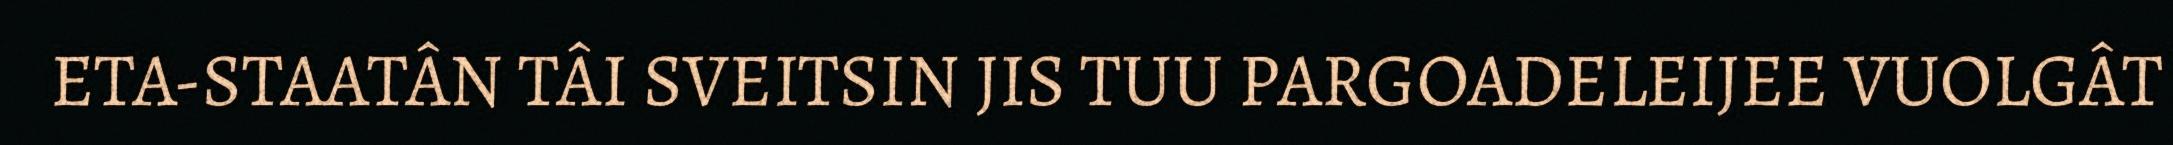
ETA-STAATÂN TÂI SVEITSIN JIS TUU PARGOADELEIJEE VUOLGÂT